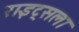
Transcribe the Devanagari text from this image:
राइट्सला